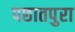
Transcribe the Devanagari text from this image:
पछातपुरा